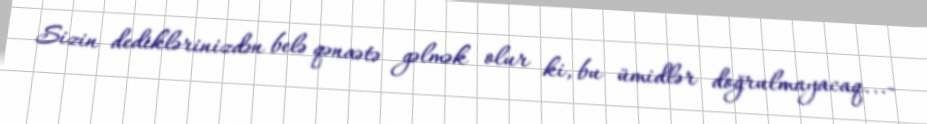
Sizin dediklərinizdən belə qənaətə gəlmək olur ki, bu ümidlər doğrulmayacaq...-